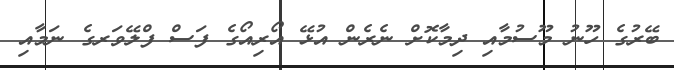
ބޭރުގެ ހޫނު މޫސުމާއި ދިމާކޮށް ނެރެން އުޅޭ އޯރިއޯގެ ފަސް ފްލޭވަރގެ ނަމާއި